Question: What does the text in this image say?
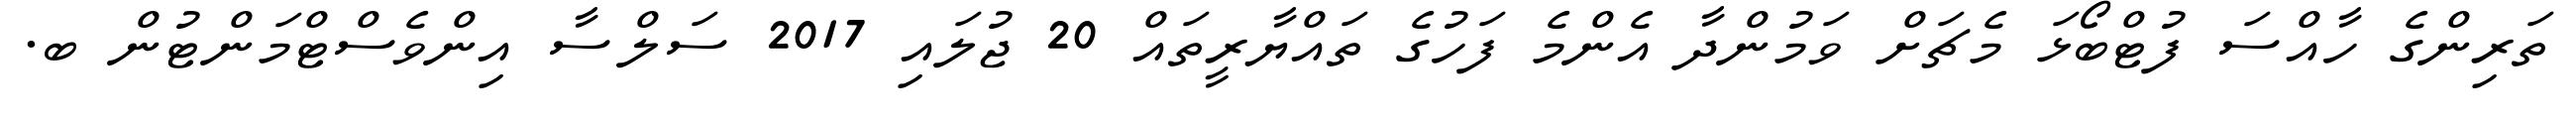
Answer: ތަރިންގެ ހާއްސަ ފުޓްބޯޅަ މެޗަށް ވަމުންދާ އެންމެ ފަހުގެ ތައްޔާރީތައް 20 ޖުލައި 2017 ސަލްސާ އިންވެސްޓްމަންޓުން ބ.